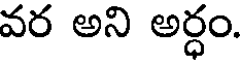
వర అని అర్ధం.